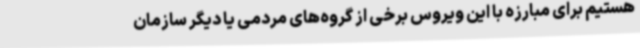
هستیم برای مبارزه با این ویروس برخی از گروه‌های مردمی یا دیگر سازمان